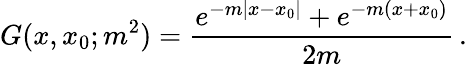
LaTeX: G(x,x_{0};m^{2})=\frac{e^{-m|x-x_{0}|}+e^{-m(x+x_{0})}}{2m}\, .